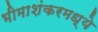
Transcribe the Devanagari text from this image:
भीमाशंकरमध्ये